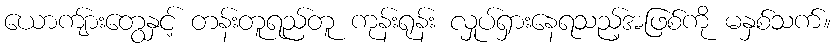
ယောကျ်ားတွေနှင့် တန်းတူရည်တူ ကုန်းရုန်း လှုပ်ရှားနေရသည့်အဖြစ်ကို မနှစ်သက်။